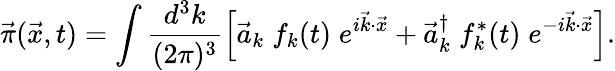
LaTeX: \vec{\pi}(\vec{x},t)=\int\frac{d^{3}k}{(2\pi)^{3}}\left[{\vec{a}}_{k}\; f_{k}(t)\; e^{i\vec{k}\cdot\vec{x}}+{\vec{a}}_{k}^{\dagger}\; f_{k}^{*}(t)\; e^{-i\vec{k}\cdot\vec{x}}\right].